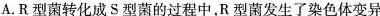
A.R型菌转化成S型菌的过程中，R型菌发生了染色体变异